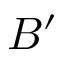
B ^ { \prime }